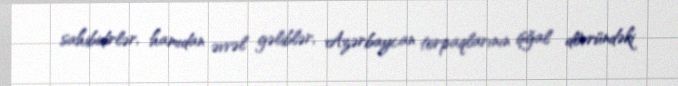
sahibidirlər, hamıdan əvvəl gəliblər, Azərbaycan torpaqlarının işğal dövründəki